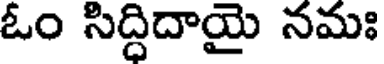
ఓం సిద్దిదాయై నమః